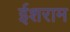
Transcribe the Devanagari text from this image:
ईशराम